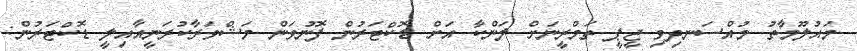
މައުލޫމާތު މުއްސަނދިވި ޖީޕީ ތަމްރީނަށް ލަންކާ އަށް ޑޮކްޓަރުން ފޮނުވަން މަޝްވަރާކުރަނީއާއިލީ ޑޮކްޓަރުން: